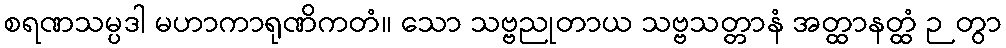
စရဏသမ္ပဒါ မဟာကာရုဏိကတံ။ သော သဗ္ဗညုတာယ သဗ္ဗသတ္တာနံ အတ္ထာနတ္ထံ ဉတွာ